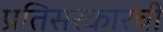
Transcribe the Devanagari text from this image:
प्रतिसरकारची